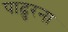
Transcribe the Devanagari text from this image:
पाढुरना